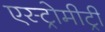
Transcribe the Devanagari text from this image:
एस्ट्रोमीट्री